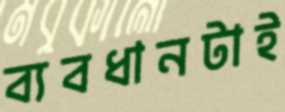
ব্যবধানটাই